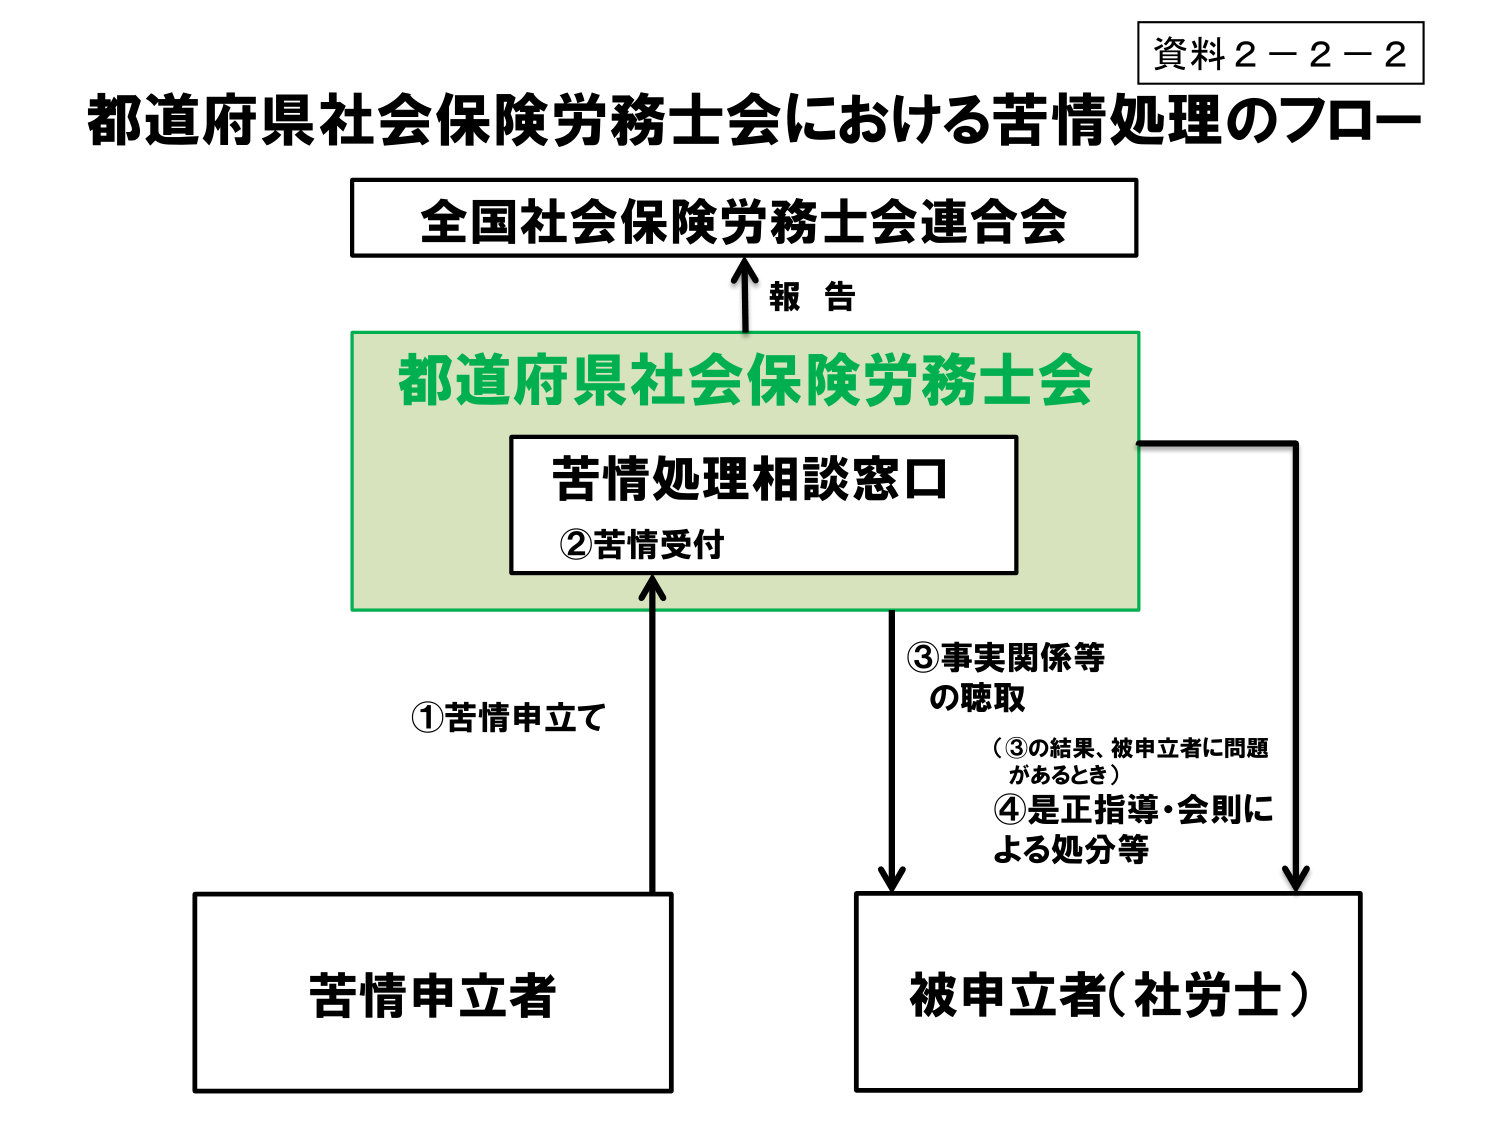
資料２－２－２
都道府県社会保険労務士会における苦情処理のフロー
全国社会保険労務士会連合会
報告
都道府県社会保険労務士会
苦情処理相談窓口
②苦情受付
①苦情申立て
③事実関係等
の聴取
（③の結果、被申立者に問題
があるとき）
④是正指導・会則に
よる処分等
苦情申立者
被申立者（社労士）